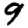
Digit: 9